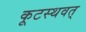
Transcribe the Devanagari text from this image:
कूटस्थवत्‌